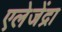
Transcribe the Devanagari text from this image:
एलेजेंद्रा